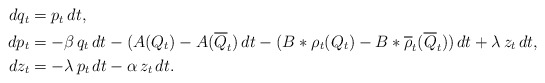
\begin{align*}\begin{aligned}dq_t&=p_t\,dt,\\dp_t&=-\beta\, q_t\,dt-(A(Q_t)-A(\overline{Q}_t)\,dt-(B\ast\rho_t(Q_t)-B\ast\overline{\rho}_t(\overline{Q}_t))\,dt+\lambda\,z_t\,dt,\\dz_t&=-\lambda\,p_t\,dt-\alpha\, z_t\,dt.\end{aligned}\end{align*}